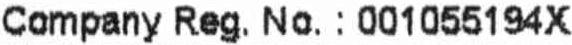
COMPANY REG. NO. : 001055194X